Annual report of the Punjab Veterinary College and of the Civil Veterinary Department, Punjab - 1926-1932
Year: 1926
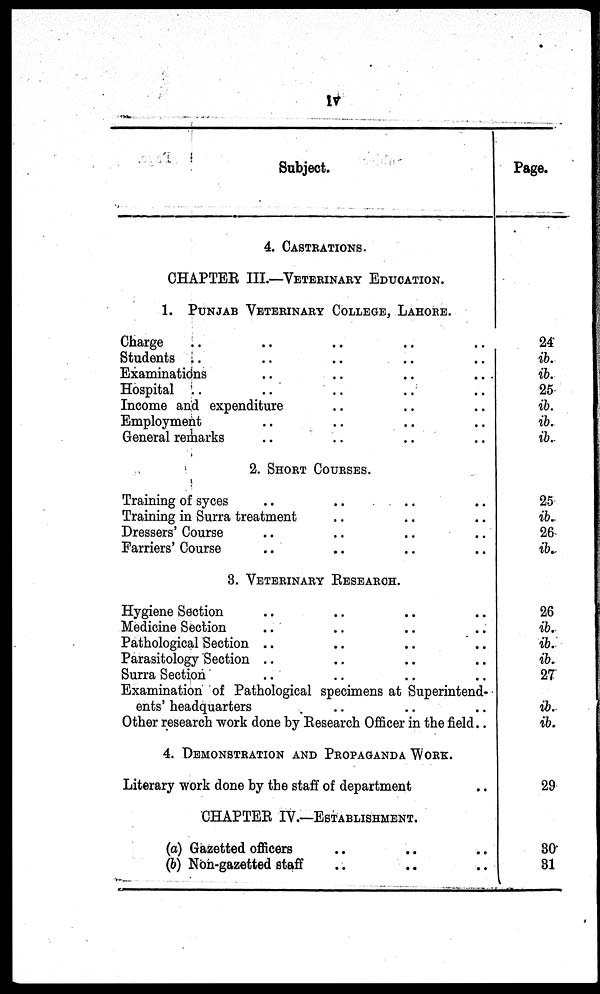
iv
Subject.
4. CASTRATION.
CHAPTER III.—VETERINARY EDUCATION.
1. PUNJAB VETERINARY COLLEGE, LAHORE.
Charge .. .. .. .. .. ..
Students .. .. .. .. ..
Examinations .. .. .. ..
Hospital .. .. .. ..
Income and expenditure .. .. .. .. ..
Employment .. .. .. ..
General remarks .. .. .. ..
2. SHORT COURSES.
Training of syces .. .. .. .. ..
Training in Surra treatment .. .. .. .. ..
Dressers' Course .. .. .. ..
Farriers' Course .. .. .. .. .. ..
3. VETERINARY RESEARCH.
Hygiene Section .. .. .. .. ..
Medicine Section .. .. .. ..
Pathological Section .. .. .. .. ..
Parasitology Section .. .. .. ..
Surra Section .. .. .. .. ..
Examination of Pathological specimens at Superintend-
ents' headquarters .. .. .. ..
Other research work done by Research Officer in the field ..
4. DEMONSTRATION AND PROPAGNDA WORK.
Literary work done by the staff of department
CHAPTER IV.—ESTABLISHMENT.
(a) Gazetted officers .. .. .. ..
(b) Non-gazetted staff .. .. .. ..
Page.
24
ib.
ib.
25
ib.
ib.
ib.
25
ib.
26
ib.
26
ib.
ib.
ib.
27
ib.
ib.
29
30
31